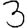
Digit: 3